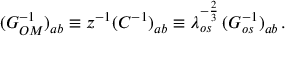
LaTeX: ( G _ { O M } ^ { - 1 } ) _ { a b } \equiv z ^ { - 1 } ( C ^ { - 1 } ) _ { a b } \equiv \lambda _ { o s } ^ { - { \frac { 2 } { 3 } } } \, ( G _ { o s } ^ { - 1 } ) _ { a b } \, .